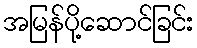
အမြန်ပို့ဆောင်ခြင်း